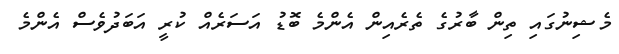
މެޝިނުގައި ތިން ބާރުގެ ތެރެއިން އެންމެ ބޮޑު އަސަރެއް ކުރީ އަބަދުވެސް އެންމެ